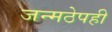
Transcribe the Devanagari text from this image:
जन्मठेपही